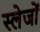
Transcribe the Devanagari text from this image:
स्लेजों